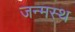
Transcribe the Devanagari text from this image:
जन्मस्थ